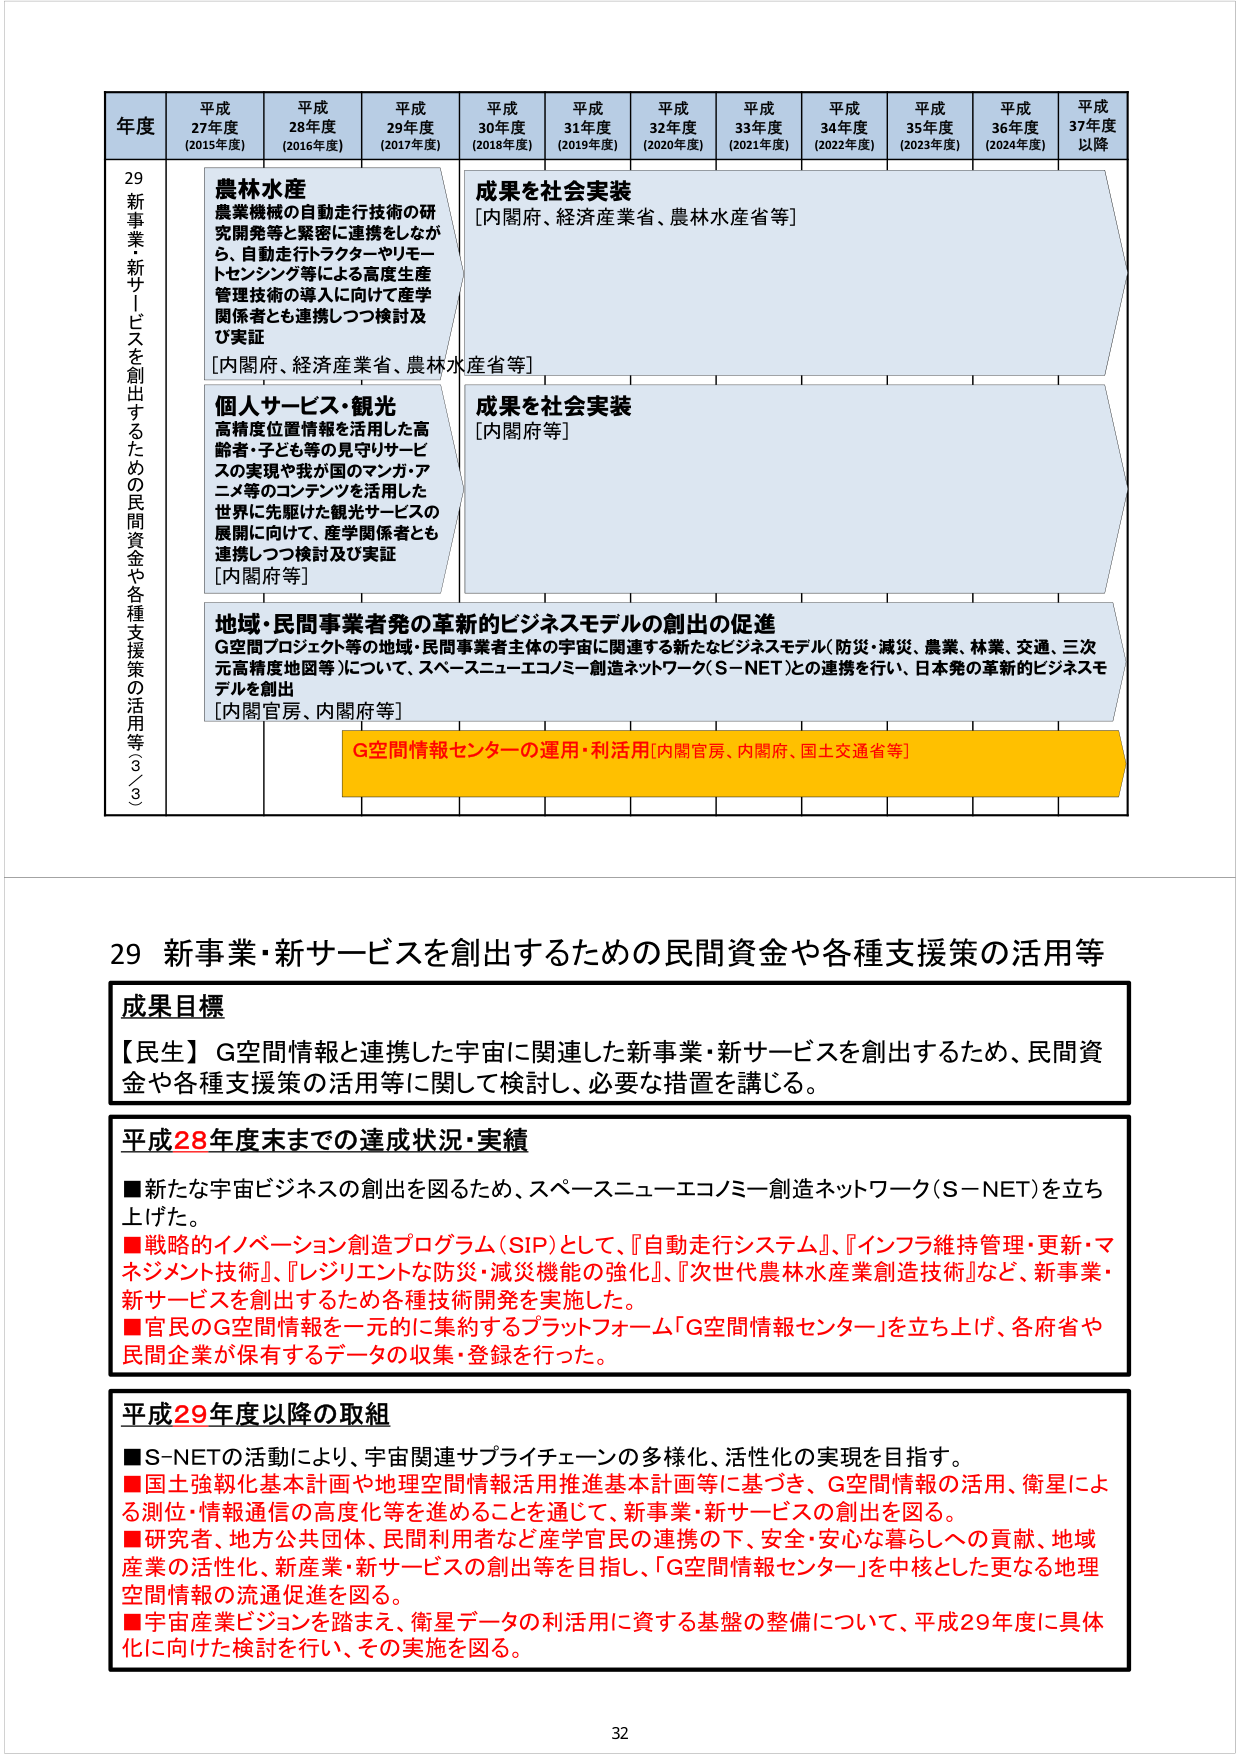
年度 平成27年度 (2015年度) 平成28年度 (2016年度) 平成29年度 (2017年度) 平成30年度 (2018年度) 平成31年度 (2019年度) 平成32年度 (2020年度) 平成33年度 (2021年度) 平成34年度 (2022年度) 平成35年度 (2023年度) 平成36年度 (2024年度) 平成37年度以降

29 新事業・新サービスを創出するための民間資金や各種支援策の活用等③／3

農林水産
農業機械の自動走行技術の研究開発等と緊密に連携をしなが
ら、自動走行トラクターやリモー
トセンシング等による高度生産
管理技術の導入に向けて産学
関係者とも連携しつつ検討及
び実証
[内閣府、経済産業省、農林水産省等]

成果を社会実装
[内閣府、経済産業省、農林水産省等]

個人サービス・観光
高精度位置情報を活用した高
齢者・子ども等の見守りサービ
スの実現や我が国のマンガ・ア
ニメ等のコンテンツを活用した
世界に先駆けた観光サービスの
展開に向けて、産学関係者とも
連携しつつ検討及び実証
[内閣府等]

成果を社会実装
[内閣府等]

地域・民間事業者発の革新的ビジネスモデルの創出の促進
G空間プロジェクト等の地域・民間事業者主体の宇宙に関連する新たなビジネスモデル（防災・減災、農業、林業、交通、三次
元高精度地図等）について、スペースニューエコノミー創造ネットワーク（S-NET）との連携を行い、日本発の革新的ビジネスモ
デルを創出
[内閣官房、内閣府等]

G空間情報センターの運用・利活用[内閣官房、内閣府、国土交通省等]

29 新事業・新サービスを創出するための民間資金や各種支援策の活用等

成果目標
【民生】G空間情報と連携した宇宙に関連した新事業・新サービスを創出するため、民間資金や各種支援策の活用等に関して検討し、必要な措置を講じる。

平成28年度末までの達成状況・実績
■新たな宇宙ビジネスの創出を図るため、スペースニューエコノミー創造ネットワーク（S-NET）を立ち上げた。
■戦略的イノベーション創造プログラム（SIP）として、『自動走行システム』、『インフラ維持管理・更新・マネジメント技術』、『レジリエントな防災・減災機能の強化』、『次世代農林水産業創造技術』など、新事業・新サービスを創出するため各種技術開発を実施した。
■官民のG空間情報を一元的に集約するプラットフォーム「G空間情報センター」を立ち上げ、各府省や民間企業が保有するデータの収集・登録を行った。

平成29年度以降の取組
■S-NETの活動により、宇宙関連サプライチェーンの多様化、活性化の実現を目指す。
■国土強靭化基本計画や地理空間情報活用推進基本計画等に基づき、G空間情報の活用、衛星による測位・情報通信の高度化等を進めることを通じて、新事業・新サービスの創出を図る。
■研究者、地方公共団体、民間利用者など産学官民の連携の下、安全・安心な暮らしへの貢献、地域産業の活性化、新産業・新サービスの創出等を目指し、「G空間情報センター」を中核とした更なる地理空間情報の流通促進を図る。
■宇宙産業ビジョンを踏まえ、衛星データの利活用に資する基盤の整備について、平成29年度に具体化に向けた検討を行い、その実施を図る。

32